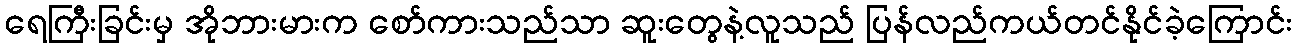
ရေကြီးခြင်းမှ အိုဘားမားက စော်ကားသည်သာ ဆူးတွေနဲ့လူသည် ပြန်လည်ကယ်တင်နိုင်ခဲ့ကြောင်း